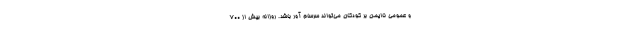
و عمومی ناایمن بر کودکان می‌تواند سرسام آور باشد. روزانه بیش از ۷۰۰